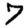
Digit: 7